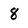
Character: 8